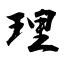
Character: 理